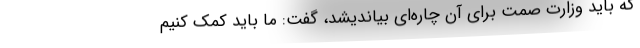
که باید وزارت صمت برای آن چاره‌ای بیاندیشد، گفت: ما باید کمک کنیم